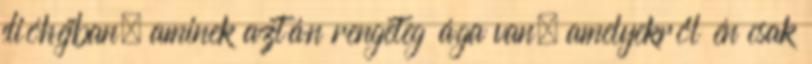
dióhéjban, aminek aztán rengeteg ága van, amelyekről én csak